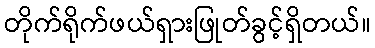
တိုက်ရိုက်ဖယ်ရှားဖြုတ်ခွင့်ရှိတယ်။